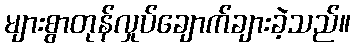
များစွာတုန်လှုပ်ချောက်ချားခဲ့သည်။